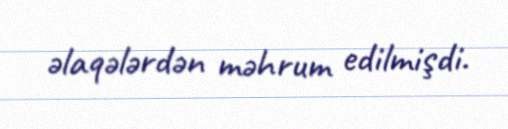
əlaqələrdən məhrum edilmişdi.